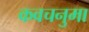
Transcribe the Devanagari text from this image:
कवचनुमा